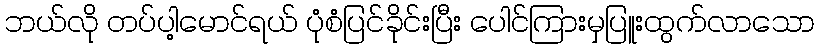
ဘယ်လို တပ်ပါ့မောင်ရယ် ပုံစံပြင်ခိုင်းပြီး ပေါင်ကြားမှပြူးထွက်လာသော